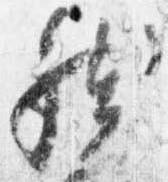
然